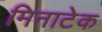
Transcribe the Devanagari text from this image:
मिनाटेक